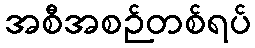
အစီအစဉ်တစ်ရပ်